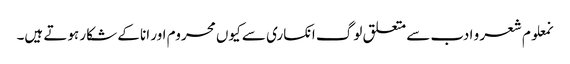
نمعلوم شعر و ادب سے متعلق لوگ انکساری سے کیوں محروم اور انا کے شکار ہوتے ہیں۔